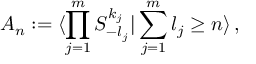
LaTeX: { \cal A } _ { n } : = \langle \prod _ { j = 1 } ^ { m } S _ { - l _ { j } } ^ { k _ { j } } | \sum _ { j = 1 } ^ { m } l _ { j } \geq n \rangle \, ,